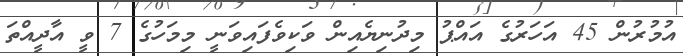
އުމުރުން 45 އަހަރުގެ އައްޕު މިދުނިޔެއިން ވަކިވެފައިވަނީ މިމަހުގެ 7 ވީ އާދީއްތަ